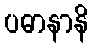
ပဓာနာနိ